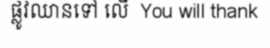
ផ្លូវឈានទៅ លើ  You will thank